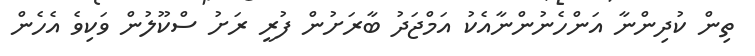
ތިން ކުދިންނާ އަންހެނުންނާއެކު އަމްޖަދު ބާރަށުން ފުރީ ރަށު ސްކޫލުން ވަކިވެ އެހެން